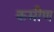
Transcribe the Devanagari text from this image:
कमीण